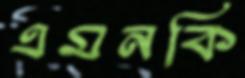
এমনকি